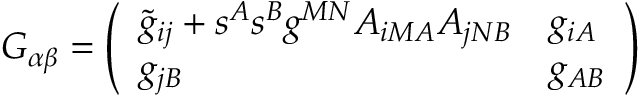
{ \cal G } _ { \alpha \beta } = \left( \begin{array} { l l } { { \tilde { g } _ { i j } + s ^ { A } s ^ { B } g ^ { M N } A _ { i M A } A _ { j N B } } } & { { g _ { i A } } } \\ { { g _ { j B } } } & { { g _ { A B } } } \end{array} \right)